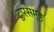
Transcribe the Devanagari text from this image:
द्वारसमूह